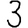
Digit: 3